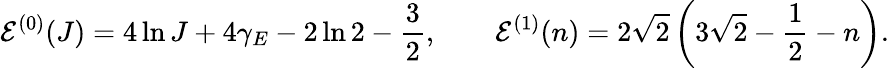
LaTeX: {\cal E}^{(0)}(J)=4\ln J+4\gamma_{E}-2\ln 2-\frac{3}{2},\qquad{\cal E}^{(1)}(n)=2\sqrt{2}\left(3\sqrt{2}-\frac{1}{2}-n\right).